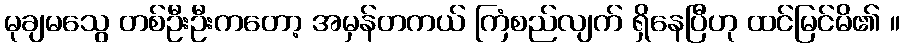
မုချမသွေ တစ်ဦးဦးကတော့ အမှန်တကယ် ကြံစည်လျက် ရှိနေပြီဟု ထင်မြင်မိ၏ ။